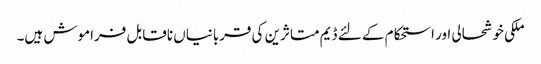
ملکی خوشحالی اور استحکام کے لئے ڈیم متاثرین کی قربانیاں ناقابل فراموش ہیں۔